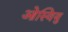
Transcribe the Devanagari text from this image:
ओस्वियु